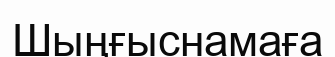
Шыңғыснамаға